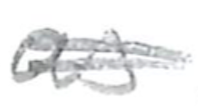
Text: such
Cross-out: double-line
Writing tool: pencil